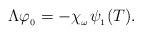
LaTeX: \begin{align*}\Lambda\varphi_{_{0}} = -\chi_{_{\omega}}\psi_{_{1}}(T).\end{align*}